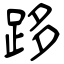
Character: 跢